Subject: math
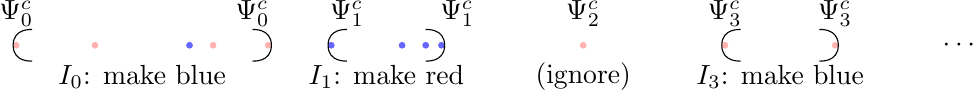
LaTeX code:
\begin{tikzpicture}[scale=0.2]
  \filldraw [red!30] (0,0) circle (5pt);
  \draw plot [smooth, tension=2] coordinates {(1,1) (-0.2,0) (1,-1)};
  \filldraw [red!30] (5,0) circle (5pt);
  \filldraw [blue!60] (11,0) circle (5pt);
  \filldraw [red!30] (12.5,0) circle (5pt);
  \filldraw [red!30] (16,0) circle (5pt);
  \draw plot [smooth, tension=2] coordinates {(15,1) (16.2,0) (15,-1)};
  \draw (0,2) node{$\Psi^c_0$};
  \draw (15,2) node{$\Psi^c_0$};
  \draw (8,-2) node{$I_0$: make blue};
  \filldraw [blue!60] (20,0) circle (5pt);
  \draw plot [smooth, tension=2] coordinates {(21,1) (19.8,0) (21,-1)};
  \filldraw [blue!60] (24.5,0) circle (5pt);
  \filldraw [blue!60] (26,0) circle (5pt);
  \filldraw [blue!60] (27,0) circle (5pt);
  \draw plot [smooth, tension=2] coordinates {(26,1) (27.2,0) (26,-1)};
  \draw (21,2) node{$\Psi^c_1$};
  \draw (28,2) node{$\Psi^c_1$};
  \draw (23.5,-2) node{$I_1$: make red};
  \filldraw [red!30] (36,0) circle (5pt);
  \draw (36,2) node{$\Psi^c_2$};
  \draw (36,-2) node{(ignore)};
  \filldraw [red!30] (45,0) circle (5pt);
  \filldraw [red!30] (52,0) circle (5pt);
  \draw plot [smooth, tension=2] coordinates {(46,1) (44.8,0) (46,-1)};
  \draw plot [smooth, tension=2] coordinates {(51,1) (52.2,0) (51,-1)};
  \draw (45,2) node{$\Psi^c_3$};
  \draw (52,2) node{$\Psi^c_3$};
  \draw (48.5,-2) node{$I_3$: make blue};

  \draw (60,0) node{$\cdots$};
\end{tikzpicture}